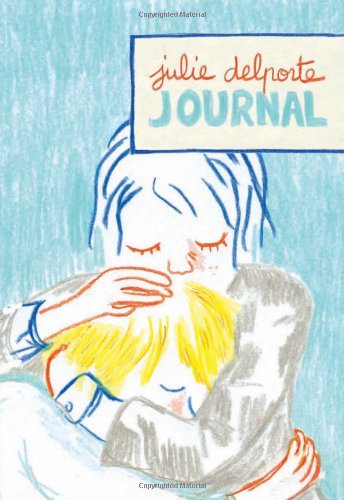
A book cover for Journal; Julie Delporte; Comics & Graphic Novels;